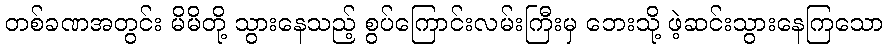
တစ်ခဏအတွင်း မိမိတို့ သွားနေသည့် စွပ်ကြောင်းလမ်းကြီးမှ ဘေးသို့ ဖဲ့ဆင်းသွားနေကြသော